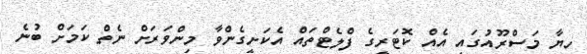
ހިޔާ މަސްރޫއުގައި އެއް ކޮޓަރީގެ ފްލެޓްތައް އެކަށީގެންވާ މިންވަރަށް ނެތް ކަމަށް ބުނެ